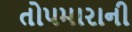
તોપમારાની